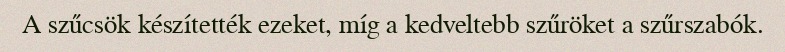
A szűcsök készítették ezeket, míg a kedveltebb szűröket a szűrszabók.